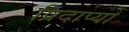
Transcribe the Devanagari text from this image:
प्रिदाप्यो